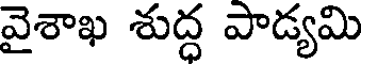
వైశాఖ శుద్ధ పాడ్యమి